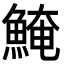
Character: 𩸆